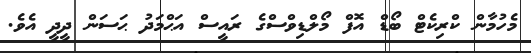
މެހުމާން ކްރިކެޓް ބޯޑް އޮފް މޯލްޑިވްސްގެ ރައީސް އަޙްމަދު ޙަސަން ދީދީ އެވެ.